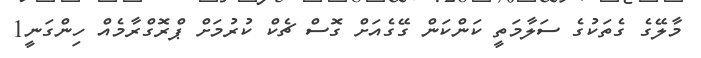
މާލޭގެ ގެތަކުގެ ސަލާމަތީ ކަންކަން ގޭގެއަށް ގޮސް ޗެކް ކުރުމަށް ޕްރޮގްރާމެއް ހިންގަނީ1